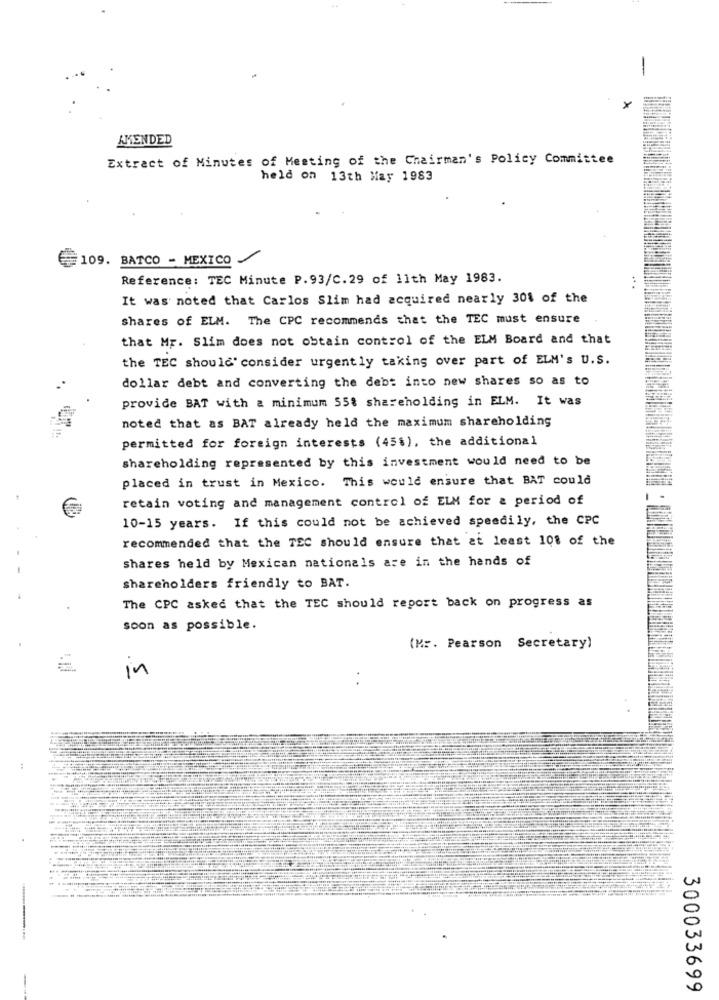
-
X
AMENDED
Extract of Minutes of Meeting of the Chairman's Policy Committee
held on 13th May 1983
109. BATCO - MEXICO
Reference: TEC Minute P.93/C.29 of 11th May 1983.
It was noted that Carlos Slim had acquired nearly 301 of the
shares of ELM. The CPC recommends that the TEC must ensure
that Mr. Slim does not obtain control of the ELM Board and that
the TEC should consider urgently taking over part of ELM's U.S.
dollar debt and converting the debt into new shares so as to
provide BAT with a minimum 55% shareholding in ELM. It was
noted that as BAT already held the maximum shareholding
permitted for foreign interests (45%), the additional
shareholding represented by this investment would need to be
placed in trust in Mexico. This would ensure that BAT could
retain voting and management control of ELM for & period of
10-15 years. If this could not be achieved speedily, the CPC
recommended that the TEC should ensure that at least 108 of the
shares held by Mexican nationals are in the hands of
shareholders friendly to BAT.
The CPC asked that the TEC should report back on progress as
soon as possible.
(Mr. Pearson Secretary)
in
:
300033699